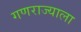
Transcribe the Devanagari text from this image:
गणराज्याला